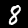
Digit: 8